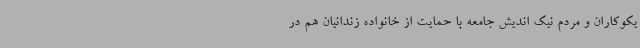
یکوکاران و مردم نیک اندیش جامعه با حمایت از خانواده زندانیان هم در